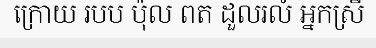
ក្រោយ របប ប៉ុល ពត ដួលរលំ អ្នកស្រី